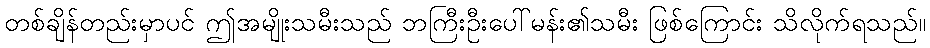
တစ်ချိန်တည်းမှာပင် ဤအမျိုးသမီးသည် ဘကြီးဦးပေါ်မန်း၏သမီး ဖြစ်ကြောင်း သိလိုက်ရသည်။